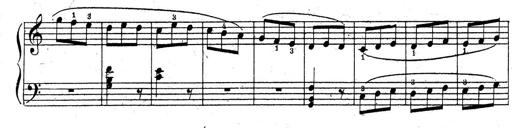
Title: 10 Sonatinas
Composer: Fritz Spindler